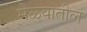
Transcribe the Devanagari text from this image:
मेळ्यातील